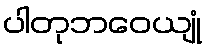
ပါတုဘဝေယျုံ